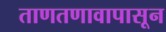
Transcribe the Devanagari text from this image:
ताणतणावापासून